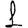
Digit: 1